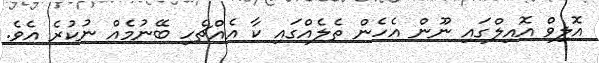
އޮލިވް އޮއިލްގައި ނޫން އެހެން ތެލެއްގައި ކާ އެއްޗެހި ބޭނުމެއް ނުކުރެ އެވެ.